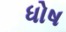
ધોષ